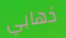
ذهابي